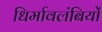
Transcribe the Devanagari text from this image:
धिर्मावलंबियों